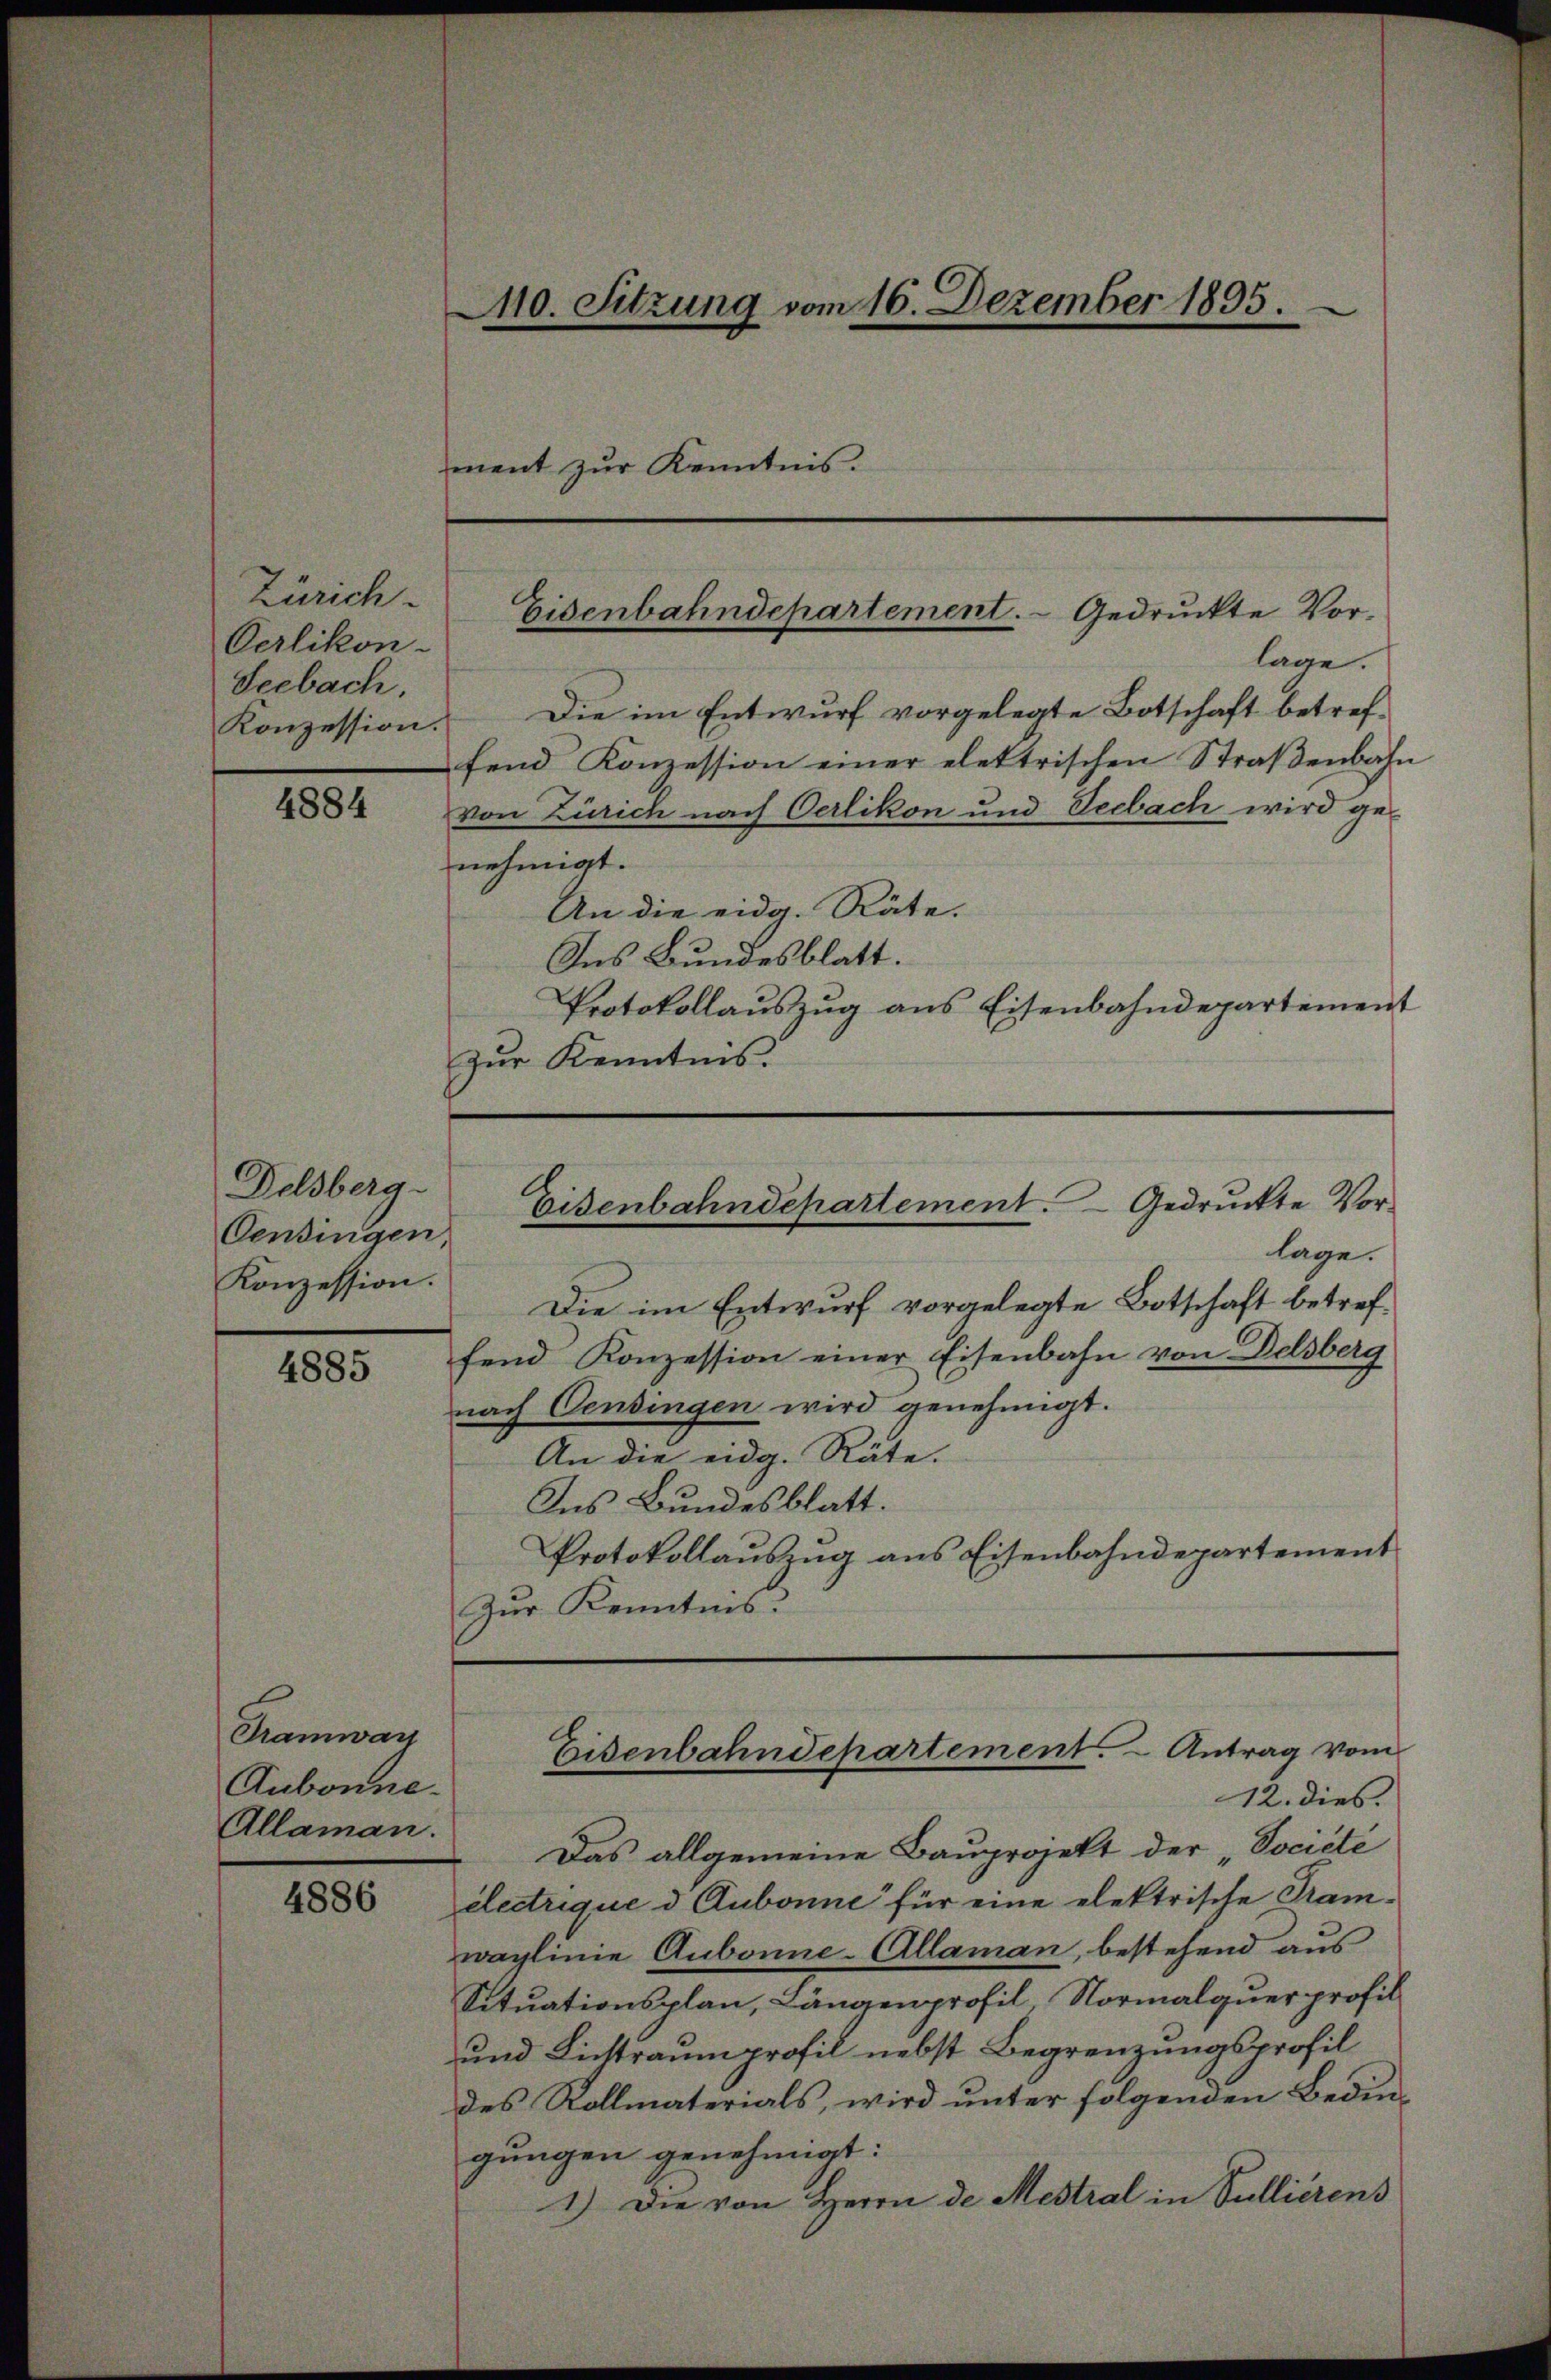
Zürich.
Oerlikon-
Seebach,
Konzession.

4884

Delsberg-
Censingen,
Konzession.

4885

Tramway
Aubonne.
Allaman.

4886

10. Sitzung vom 16. Dezember 1895.
ment zŭr Kenntnis.

Eisenbahndepartement. Gedruckte Vor¬

lage.
Die im Entwurf vorgelegte Botschaft betreffend Konzession einer elektrischen Straβenbahn
von Zürich nach Oerlikon und Seebach wird genehmigt.
An die eidg. Räte.
Ins Bundesblatt.
Protokollaŭszŭg ans Eisenbahndepartement
zur Kenntnis.

lage.
Die im Entwurf vorgelegte Botschaft betreffend Konzession einer Eisenbahn von Delsberg
nach Censingen wird genehmigt.
An die eidg. Räte.
Ins Bundesblatt.
Protokollaŭszŭg ans Eisenbahndepartement
Zur Kenntnis:

Eisenbahndepartement. Gedruckte Vor¬

Eisenbahndepartement. - Antrag vom
12. dies.

Das allgemeine Bauprojekt der „Société
electrique d. Aubonne für eine elektrische Tramwaglinie Aubonne-Allaman, bestehend aus
Situationsplan, Längenprofil, Normalquer profil
und Littraumprofil nebst Begrenzungsprofil
des Rollmaterials, wird unter folgenden Bedingungen genehmigt:
1.) Die von Herrn de Mestral in Sullierens